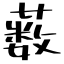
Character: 薮